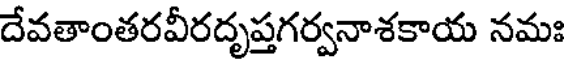
దేవతాంతరవీరదృప్తగర్వనాశకాయ నమః